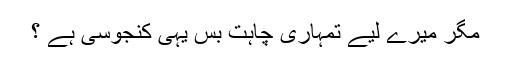
مگر میرے لیے تمہاری چاہت بس یہی کنجوسی ہے ؟